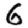
Digit: 6